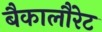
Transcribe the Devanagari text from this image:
बैकालौरेट